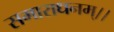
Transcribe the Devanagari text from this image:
समाराधनम्।।